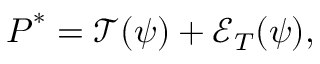
\boldsymbol { P } ^ { * } = \mathcal { T } ( \boldsymbol { \psi } ) + \mathcal { E } _ { T } ( \boldsymbol { \psi } ) ,